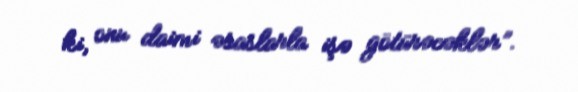
ki, onu daimi əsaslarla işə götürəcəklər”.